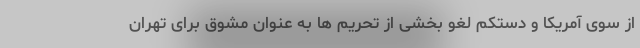
از سوی آمریکا و دستکم لغو بخشی از تحریم ها به عنوان مشوق برای تهران